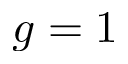
g = 1